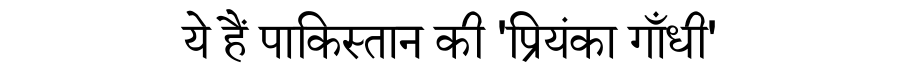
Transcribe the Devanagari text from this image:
ये हैं पाकिस्तान की 'प्रियंका गाँधी'